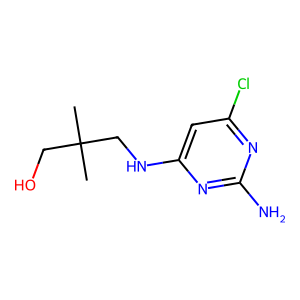
SMILES: CC(C)(CO)CNc1cc(Cl)nc(N)n1
Inhibits HIV replication: No